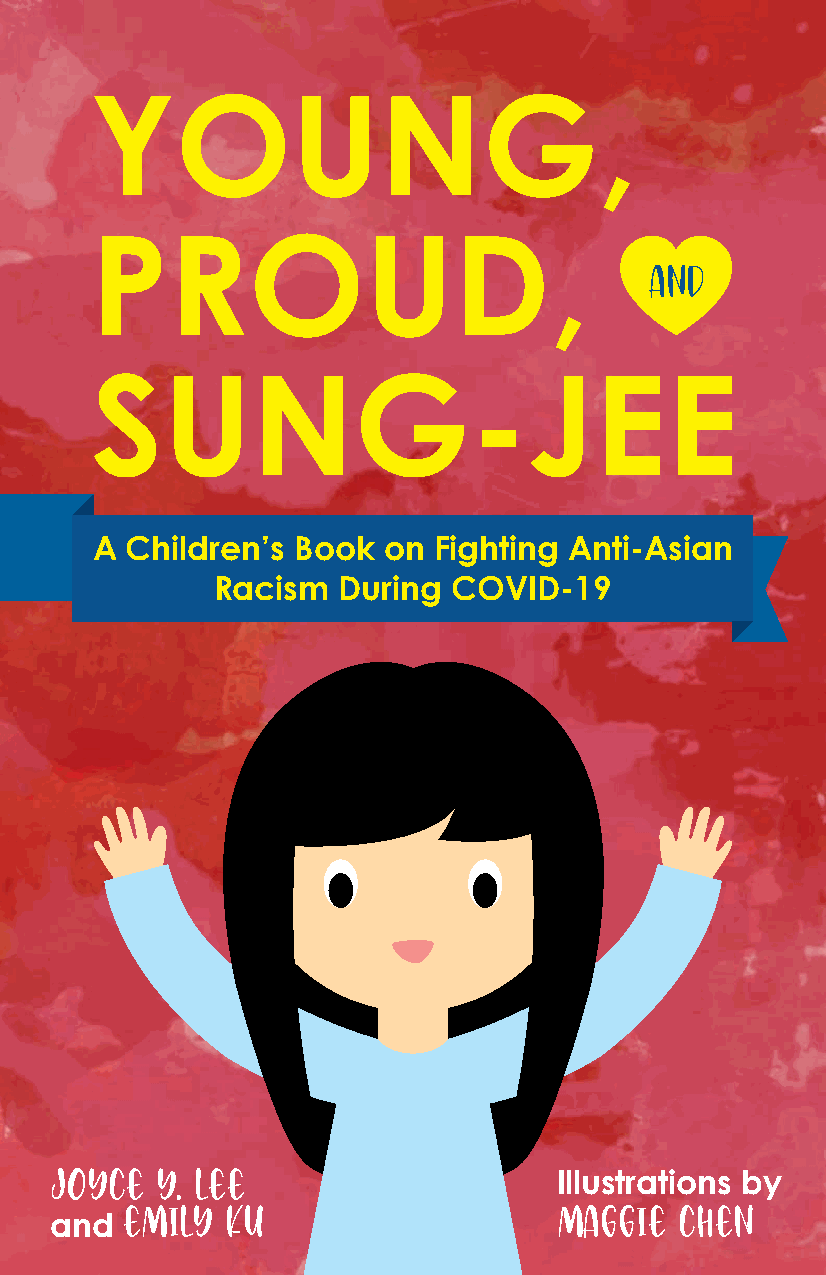
A Children’s Book  on  Fighting Anti-Asian
 Racism  During  COVID-19
 Joyce  Y. Lee                     Illustrations by
 Emily  Ku                    Maggie  Chen
 and